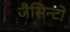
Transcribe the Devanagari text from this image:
जैसिन्टो